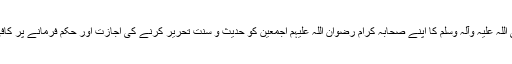
بعد ازاں حضور نبی اکرم صلی اللہ علیہ وآلہ وسلم کا اپنے صحابہ کرام رضوان اللہ علیہم اجمعین کو حدیث و سنت تحریر کرنے کی اجازت اور حکم فرمانے پر کافی و شافی دلائل دیے گئے ہیں۔